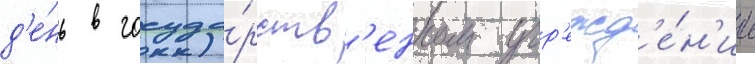
д'е́нь в госуда́рств'енном учр'ежд'е́н'ии